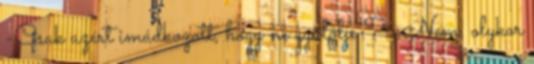
-Csak azért imádkozott, hogy ne gyűlölje ? -Nem, olykor